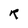
Character: R